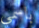
باسمي